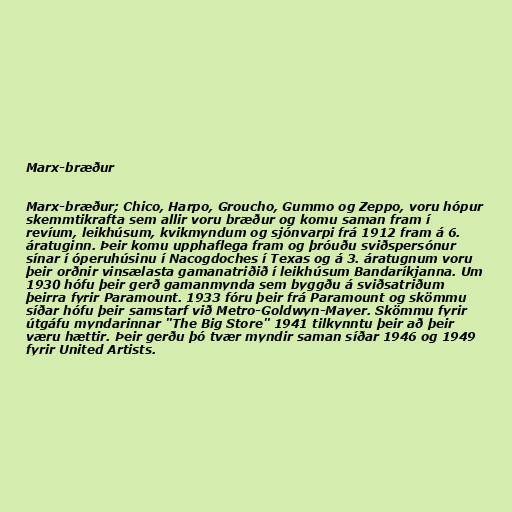
Marx-bræður

Marx-bræður; Chico, Harpo, Groucho, Gummo og Zeppo, voru hópur
skemmtikrafta sem allir voru bræður og komu saman fram í
revíum, leikhúsum, kvikmyndum og sjónvarpi frá 1912 fram á 6.
áratuginn. Þeir komu upphaflega fram og þróuðu sviðspersónur
sínar í óperuhúsinu í Nacogdoches í Texas og á 3. áratugnum voru
þeir orðnir vinsælasta gamanatriðið í leikhúsum Bandaríkjanna. Um
1930 hófu þeir gerð gamanmynda sem byggðu á sviðsatriðum
þeirra fyrir Paramount. 1933 fóru þeir frá Paramount og skömmu
síðar hófu þeir samstarf við Metro-Goldwyn-Mayer. Skömmu fyrir
útgáfu myndarinnar "The Big Store" 1941 tilkynntu þeir að þeir
væru hættir. Þeir gerðu þó tvær myndir saman síðar 1946 og 1949
fyrir United Artists.